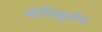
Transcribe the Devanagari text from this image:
बोधिदुर्लभ